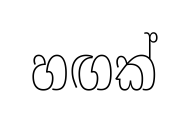
හඟක්